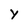
Character: Y